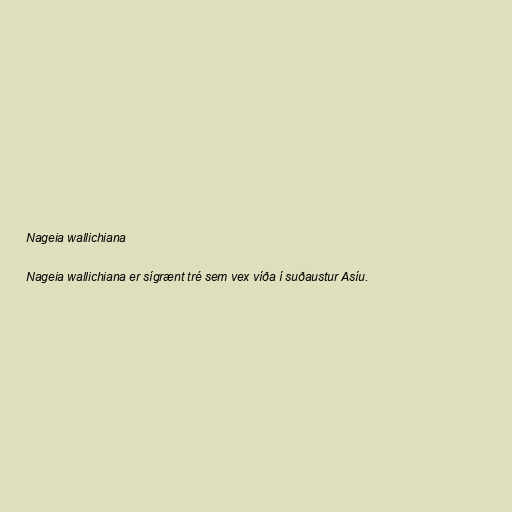
Nageia wallichiana

Nageia wallichiana er sígrænt tré sem vex víða í suðaustur Asíu.